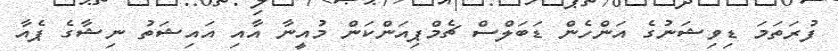
ފުރަތަމަ ޑިވިޝަނުގެ އަންހެން ޑަބަލްސް ޗެމްޕިއަންކަން މުއީނާ އާއި އައިޝަތު ނިޝާގެ ޕެއާ